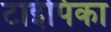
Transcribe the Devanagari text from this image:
टाईपिका